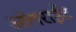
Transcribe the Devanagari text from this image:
ऑलराईट